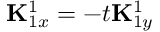
{ \bf K } _ { 1 x } ^ { 1 } = - t { \bf K } _ { 1 y } ^ { 1 }